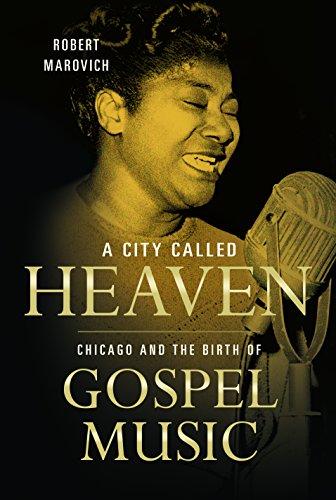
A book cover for A City Called Heaven: Chicago and the Birth of Gospel Music (Music in American Life); Robert M. Marovich; Christian Books & Bibles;